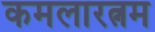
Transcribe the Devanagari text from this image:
कमलारत्नम